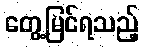
တွေ့မြင်ရသည့်